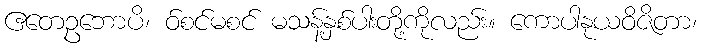
ဧတေဥဘောပိ၊ ဝ်စင်မစင် မသန့်နှစ်ပါးတို့ကိုလည်း။ ကောပါနုယဝိဇိတာ၊